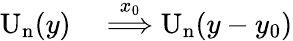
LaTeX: \begin{array}{rl}{\mathrm{U_{n}}(y)}&{{}\overset{x_{0}}{\Longrightarrow}\mathrm{U_{n}}(y-y_{0})}\end{array}